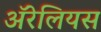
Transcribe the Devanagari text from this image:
ॲरेलियस